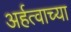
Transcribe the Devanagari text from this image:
अर्हत्वाच्या